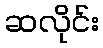
ဆလိုင်း